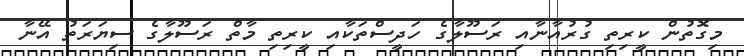
މިގޮތުން ކީރިތި ގުރުއާނާއި ރަސޫލާގެ ހަދީސްތަކާއި ކީރިތި މާތް ރަސޫލާގެ ސިޔަރަތު އޭނާ